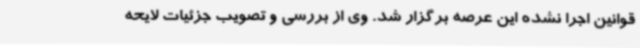
قوانین اجرا نشده این عرصه برگزار شد. وی از بررسی و تصویب جزئیات لایحه